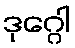
ဒုဂ္ဂေါ